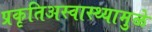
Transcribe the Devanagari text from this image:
प्रकृतिअस्वास्थ्यामुळे